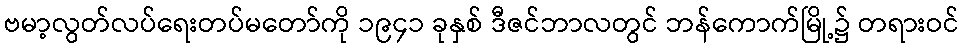
ဗမာ့လွတ်လပ်ရေးတပ်မတော်ကို ၁၉၄၁ ခုနှစ် ဒီဇင်ဘာလတွင် ဘန်ကောက်မြို့၌ တရားဝင်